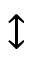
\updownarrow